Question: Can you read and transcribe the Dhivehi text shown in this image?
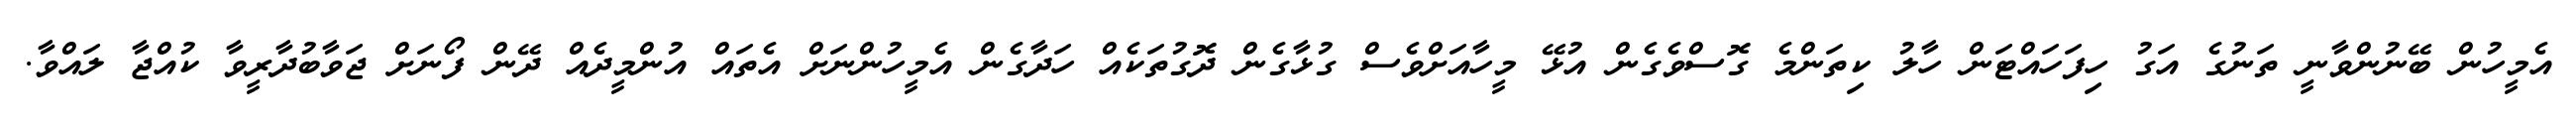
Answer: އެމީހުން ބޭނުންވާނީ ތަނުގެ އަގު ހިފަހައްޓަން ހާލު ކިތަންމެ ގޮސްވެގެން އުޅޭ މީހާއަށްވެސް ގުޅާގެން ދޮގުތަކެއް ހަދާގެން އެމީހުންނަށް އެތައް އުންމީދެއް ދޭން ފޯނަށް ޖަވާބުދާރީވާ ކުއްޖާ ލައްވާ.